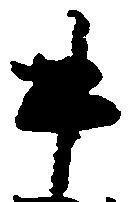
牛